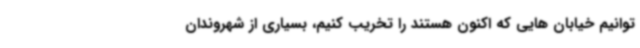
توانیم خیابان هایی که اکنون هستند را تخریب کنیم، بسیاری از شهروندان